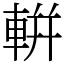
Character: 輧